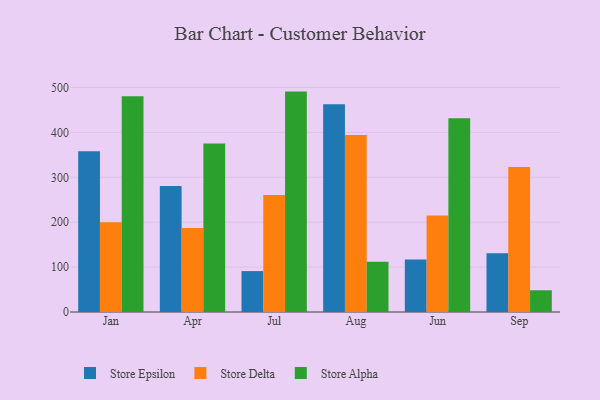
{"axis": {"x": "Month", "y": "Backlog"}, "legend": ["Store Alpha", "Store Delta", "Store Epsilon"], "data": [{"x": "Jan", "y": 358.2, "type": "Store Epsilon"}, {"x": "Jan", "y": 200.1, "type": "Store Delta"}, {"x": "Jan", "y": 480.5, "type": "Store Alpha"}, {"x": "Apr", "y": 280.7, "type": "Store Epsilon"}, {"x": "Apr", "y": 187.3, "type": "Store Delta"}, {"x": "Apr", "y": 375.5, "type": "Store Alpha"}, {"x": "Jul", "y": 91.1, "type": "Store Epsilon"}, {"x": "Jul", "y": 260.6, "type": "Store Delta"}, {"x": "Jul", "y": 490.9, "type": "Store Alpha"}, {"x": "Aug", "y": 462.5, "type": "Store Epsilon"}, {"x": "Aug", "y": 394.5, "type": "Store Delta"}, {"x": "Aug", "y": 111.9, "type": "Store Alpha"}, {"x": "Jun", "y": 116.8, "type": "Store Epsilon"}, {"x": "Jun", "y": 215.2, "type": "Store Delta"}, {"x": "Jun", "y": 431.8, "type": "Store Alpha"}, {"x": "Sep", "y": 131.1, "type": "Store Epsilon"}, {"x": "Sep", "y": 322.9, "type": "Store Delta"}, {"x": "Sep", "y": 48.4, "type": "Store Alpha"}]}